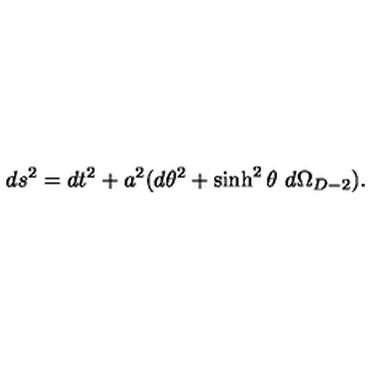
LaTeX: d s ^ { 2 } = d t ^ { 2 } + a ^ { 2 } ( d \theta ^ { 2 } + \sinh ^ { 2 } \theta \ d \Omega _ { D - 2 } ) .